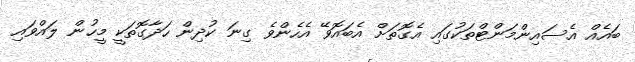
ބައެއް އެސައިންމަންޓްތަކުގައި އެގޮތަށް އެބައޮވޭ އެހެންވެ ގިނަ ކުދިން ހަދާގޮތަކީ މީހުން ލައްވައި